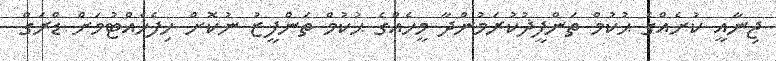
ޖިނާއީ ކުށެއްގެ ޙުކުމް ތަންފީޛުކުރަމުންދާ މީހެއްގެ ޙުކުމް ތަންފީޒު ނުކޮށް ހިފެހެއްޓުމަށް ޑްރަގް